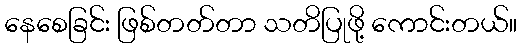
နေစေခြင်း ဖြစ်တတ်တာ သတိပြုဖို့ ကောင်းတယ်။